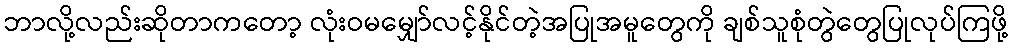
ဘာလို့လည်းဆိုတာကတော့ လုံးဝမမျှော်လင့်နိုင်တဲ့အပြုအမူတွေကို ချစ်သူစုံတွဲတွေပြုလုပ်ကြဖို့